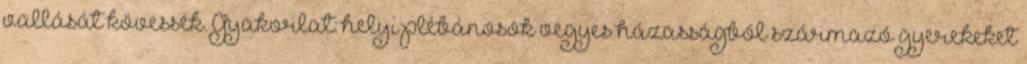
vallását kövessék. Gyakorlat: helyi plébánosok vegyes házasságból származó gyerekeket